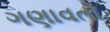
ગણાવતો